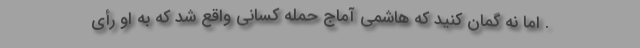
. اما نه گمان کنید که هاشمی آماج حمله کسانی واقع شد که به او رأی